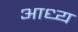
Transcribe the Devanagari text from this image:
आध्य